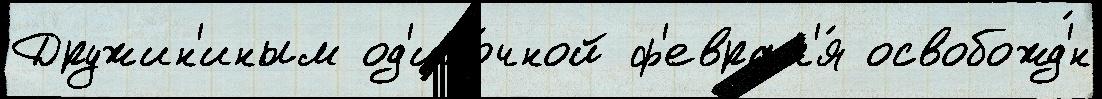
Дружин'иным од'ино́чной ф'еврал'я́ освобожд'́н